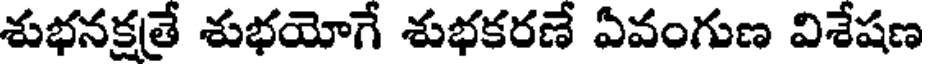
శుభనక్షత్రే శుభయోగే శుభకరణే ఏవంగుణ విశేషణ